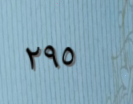
٢٩٥